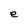
Character: e